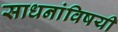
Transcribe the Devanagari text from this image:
साधनांविषयी